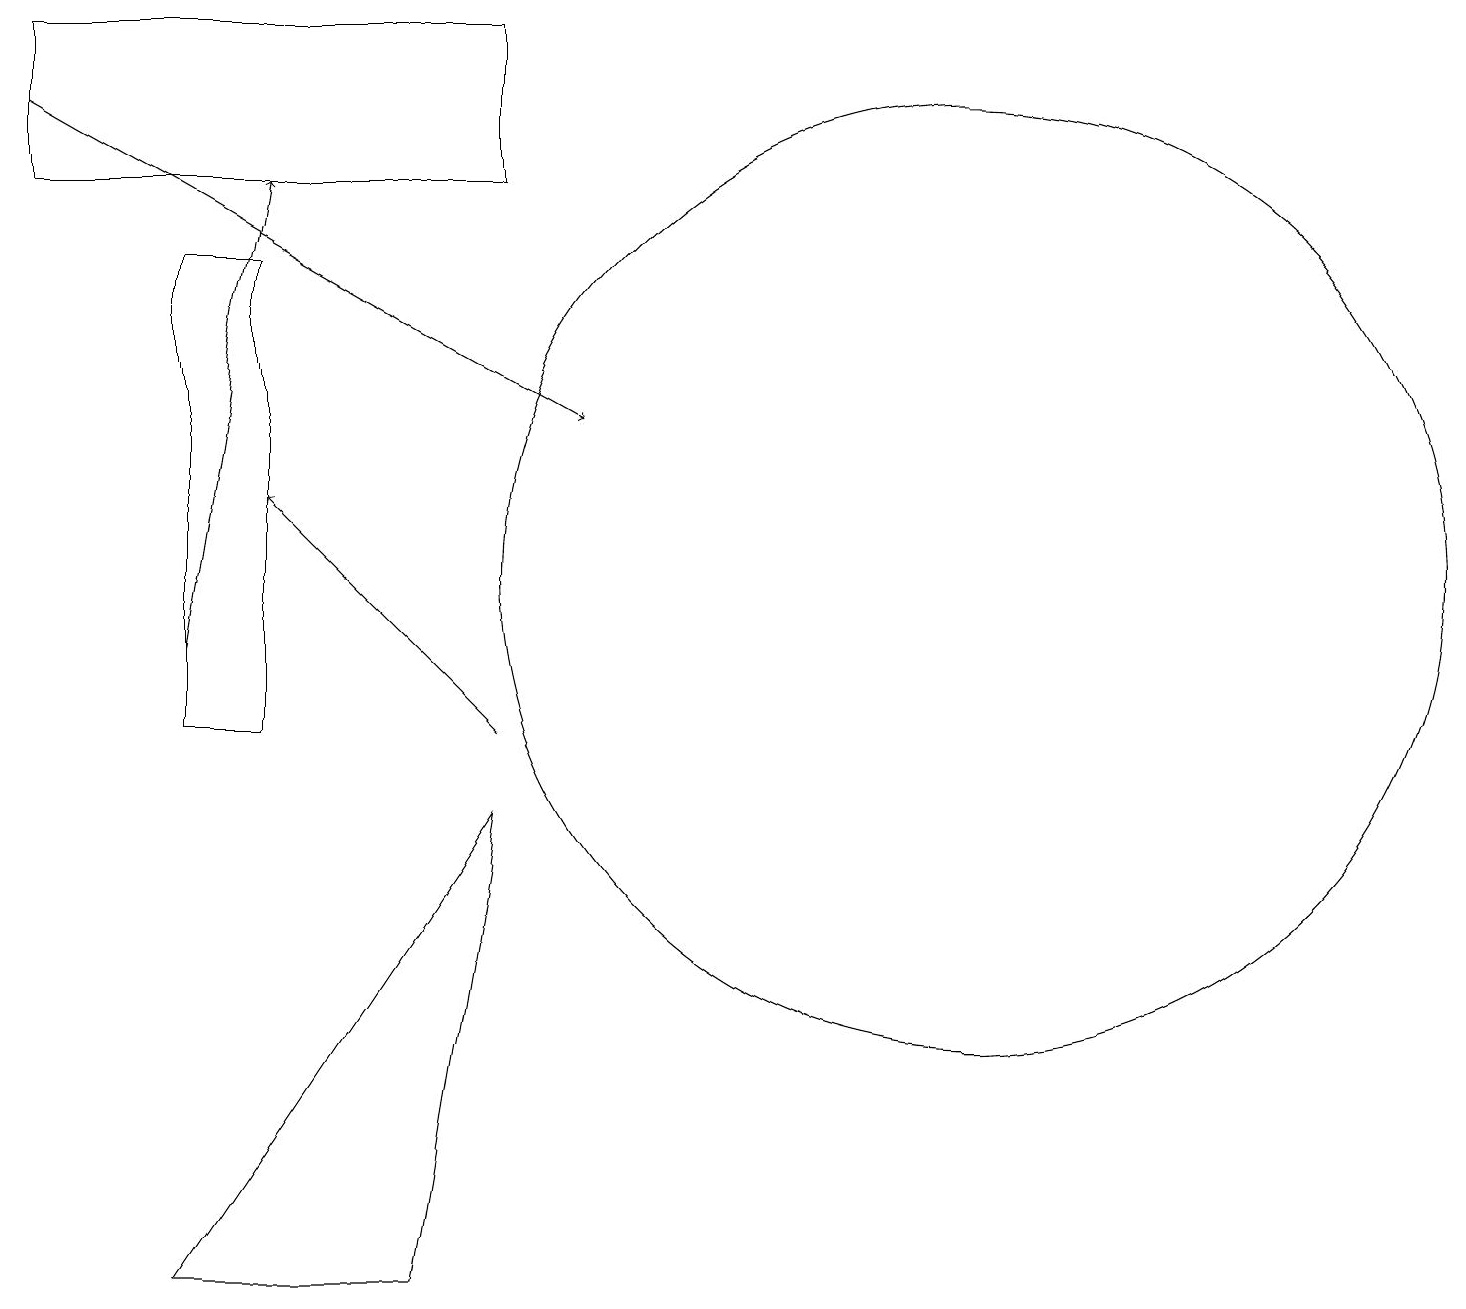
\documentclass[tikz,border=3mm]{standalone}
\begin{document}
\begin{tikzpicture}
\draw[->] (0,18) -- (7,14);
\draw[->] (2,11) -- (3,17);
\draw (12,12) circle (6);
\draw (2,3) -- (5,3) -- (6,9) -- cycle;
\draw (6,19) rectangle (0,17);
\draw[->] (6,10) -- (3,13);
\draw (2,16) rectangle (3,10);
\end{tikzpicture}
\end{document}